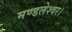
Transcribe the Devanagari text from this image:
मण्डलेश्वर।